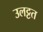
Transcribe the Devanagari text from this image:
उलट्टत